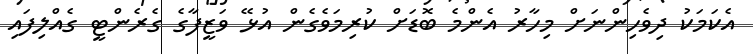
އެކަމަކު ދިވެހިންނަށް މިހާރު އެންމެ ބޮޑަށް ކުރިމަވެގެން އުޅޭ ވަޒީފާގެ ގެރެންޓީ ގެއްލިފައި